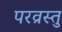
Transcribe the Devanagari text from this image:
परव्रस्तु